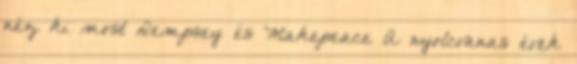
néz ki most Dempsey és Makepeace A nyolcvanas évek